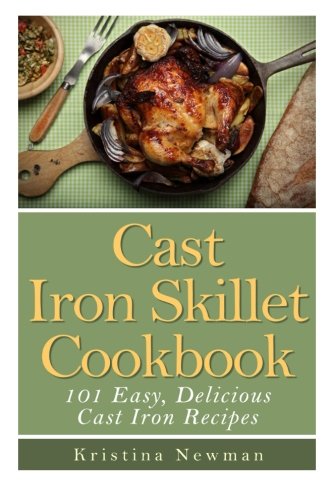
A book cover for Cast Iron Skillet Cookbook: 101 Easy, Delicious Cast Iron Recipes; Kristina Newman; Cookbooks, Food & Wine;